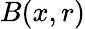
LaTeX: B(x,r)